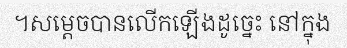
។សម្តេចបានលើកឡើងដូច្នេះ នៅក្នុង